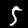
Label: 5